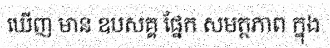
ឃើញ មាន ឧបសគ្គ ផ្នែក សមត្ថភាព ក្នុង